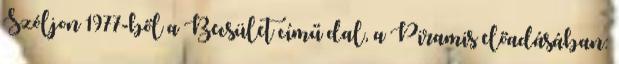
Szóljon 1977-ből a Becsület című dal, a Piramis előadásában: